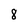
Character: 8